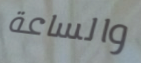
والساعة